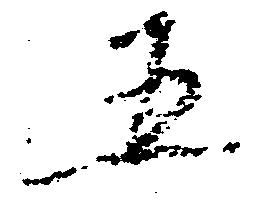
五